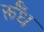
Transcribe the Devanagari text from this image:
र्रूँध